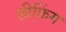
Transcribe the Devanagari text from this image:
लीफ़िंग